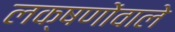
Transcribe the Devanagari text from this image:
लक्षणोंवाले